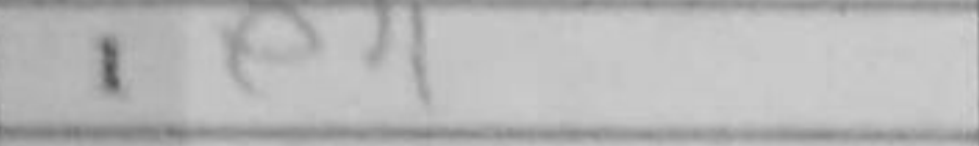
Transcription: e4